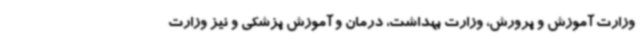
وزارت آموزش و پرورش، وزارت بهداشت، درمان و آموزش پزشکی و نیز وزارت